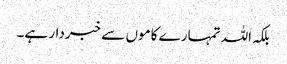
بلکہ اللہ تمہارے کاموں سے خبردار ہے۔